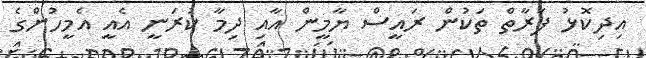
އިދިކޮޅު ފަރާތް ތަކުން ރައީސް ޔާމީން އާއި ދިމާ ކުރަނީ އެއީ އެމީހުންގެ